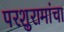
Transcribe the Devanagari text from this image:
परशुरामांचा